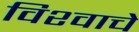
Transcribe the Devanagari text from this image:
विश्‍वाचे